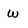
Character: w